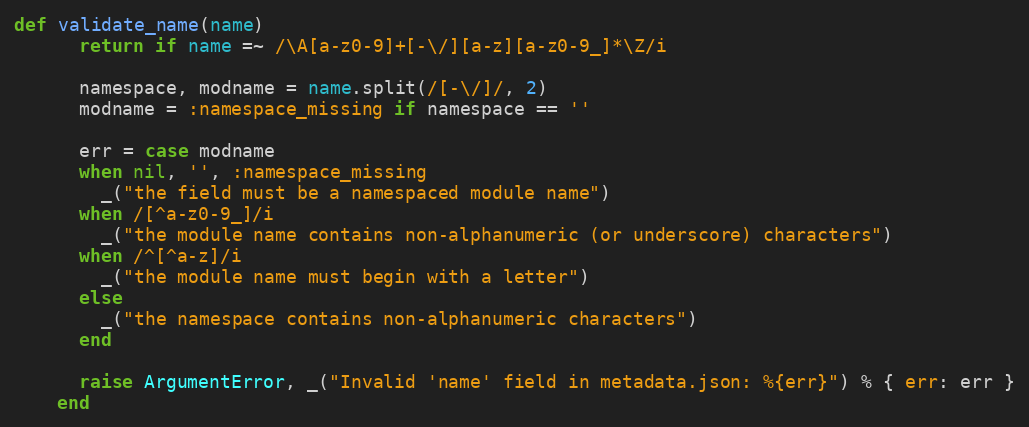
Language: Ruby
def validate_name(name)
      return if name =~ /\A[a-z0-9]+[-\/][a-z][a-z0-9_]*\Z/i

      namespace, modname = name.split(/[-\/]/, 2)
      modname = :namespace_missing if namespace == ''

      err = case modname
      when nil, '', :namespace_missing
        _("the field must be a namespaced module name")
      when /[^a-z0-9_]/i
        _("the module name contains non-alphanumeric (or underscore) characters")
      when /^[^a-z]/i
        _("the module name must begin with a letter")
      else
        _("the namespace contains non-alphanumeric characters")
      end

      raise ArgumentError, _("Invalid 'name' field in metadata.json: %{err}") % { err: err }
    end